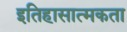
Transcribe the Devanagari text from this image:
इतिहासात्मकता